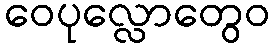
ဝေပုလ္လောတွေဝ